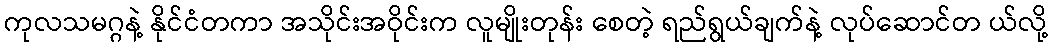
ကုလသမဂ္ဂနဲ့ နိုင်ငံတကာ အသိုင်းအဝိုင်းက လူမျိုးတုန်း စေတဲ့ ရည်ရွယ်ချက်နဲ့ လုပ်ဆောင်တ ယ်လို့